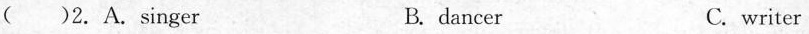
( )2. A. Singer B. dancer C. writer